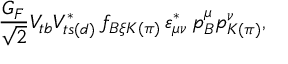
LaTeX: { \frac { G _ { F } } { \sqrt { 2 } } } V _ { t b } V _ { t s ( d ) } ^ { * } \, f _ { B \xi K ( \pi ) } \, \varepsilon _ { \mu \nu } ^ { * } \, p _ { B } ^ { \mu } p _ { K ( \pi ) } ^ { \nu } ,